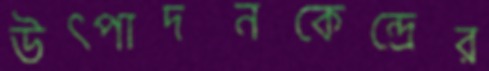
উত্পাদনকেন্দ্রের